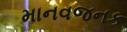
માનવજનક